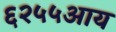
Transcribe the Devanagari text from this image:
६२५५आय